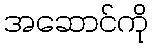
အဆောင်ကို